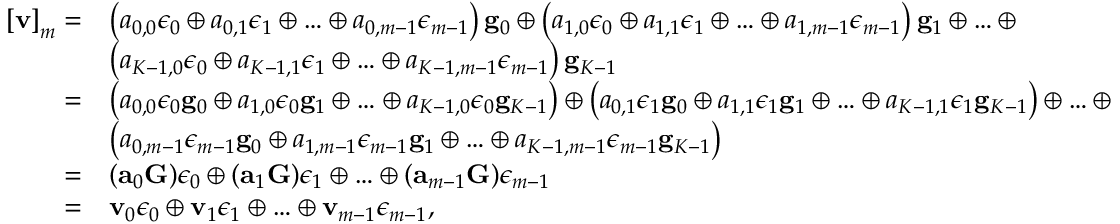
\begin{array} { r l } { \left[ { \bf v } \right] _ { m } = } & { \left( a _ { 0 , 0 } \epsilon _ { 0 } \oplus a _ { 0 , 1 } \epsilon _ { 1 } \oplus \ldots \oplus a _ { 0 , m - 1 } \epsilon _ { m - 1 } \right) { \bf g } _ { 0 } \oplus \left( a _ { 1 , 0 } \epsilon _ { 0 } \oplus a _ { 1 , 1 } \epsilon _ { 1 } \oplus \ldots \oplus a _ { 1 , m - 1 } \epsilon _ { m - 1 } \right) { \bf g } _ { 1 } \oplus \ldots \oplus } \\ & { \left( a _ { K - 1 , 0 } \epsilon _ { 0 } \oplus a _ { K - 1 , 1 } \epsilon _ { 1 } \oplus \ldots \oplus a _ { K - 1 , m - 1 } \epsilon _ { m - 1 } \right) { \bf g } _ { K - 1 } } \\ { = } & { \left( a _ { 0 , 0 } \epsilon _ { 0 } { \bf g } _ { 0 } \oplus a _ { 1 , 0 } \epsilon _ { 0 } { \bf g } _ { 1 } \oplus \ldots \oplus a _ { K - 1 , 0 } \epsilon _ { 0 } { \bf g } _ { K - 1 } \right) \oplus \left( a _ { 0 , 1 } \epsilon _ { 1 } { \bf g } _ { 0 } \oplus a _ { 1 , 1 } \epsilon _ { 1 } { \bf g } _ { 1 } \oplus \ldots \oplus a _ { K - 1 , 1 } \epsilon _ { 1 } { \bf g } _ { K - 1 } \right) \oplus \ldots \oplus } \\ & { \left( a _ { 0 , m - 1 } \epsilon _ { m - 1 } { \bf g } _ { 0 } \oplus a _ { 1 , m - 1 } \epsilon _ { m - 1 } { \bf g } _ { 1 } \oplus \ldots \oplus a _ { K - 1 , m - 1 } \epsilon _ { m - 1 } { \bf g } _ { K - 1 } \right) } \\ { = } & { ( { \bf a } _ { 0 } { \bf G } ) \epsilon _ { 0 } \oplus ( { \bf a } _ { 1 } { \bf G } ) \epsilon _ { 1 } \oplus \ldots \oplus ( { \bf a } _ { m - 1 } { \bf G } ) \epsilon _ { m - 1 } } \\ { = } & { { \bf v } _ { 0 } \epsilon _ { 0 } \oplus { \bf v } _ { 1 } \epsilon _ { 1 } \oplus \ldots \oplus { \bf v } _ { m - 1 } \epsilon _ { m - 1 } , } \end{array}